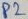
Text: P2